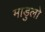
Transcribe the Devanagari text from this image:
माडुलो